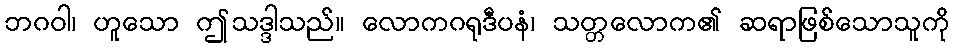
ဘဂဝါ၊ ဟူသော ဤသဒ္ဒါသည်။ လောကဂရုဒီပနံ၊ သတ္တလောက၏ ဆရာဖြစ်သောသူကို